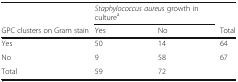
<table><thead><tr><td></td><td colspan="2"><b><i>Staphylococcus aureus</i> growth in culture<sup>a</sup></b></td><td></td></tr><tr><td><b>GPC clusters on Gram stain</b></td><td><b>Yes</b></td><td><b>No</b></td><td><b>Total</b></td></tr></thead><tbody><tr><td>Yes</td><td>50</td><td>14</td><td>64</td></tr><tr><td>No</td><td>9</td><td>58</td><td>67</td></tr><tr><td>Total</td><td>59</td><td>72</td><td></td></tr></tbody></table>